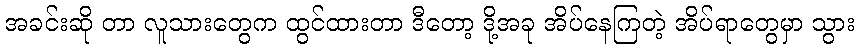
အခင်းဆို တာ လူသားတွေက ထွင်ထားတာ ဒီတော့ ဒို့အခု အိပ်နေကြတဲ့ အိပ်ရာတွေမှာ သွား